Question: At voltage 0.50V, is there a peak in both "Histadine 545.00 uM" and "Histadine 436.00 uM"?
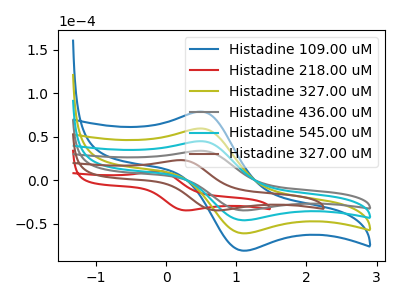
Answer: <think>The blue curve "Histadine 109.00 uM" has an anodic peak at (0.50V, 134.60uA) and a cathodic peak at (1.10V, -138.40uA). The red curve "Histadine 218.00 uM" has an anodic peak at (-0.10V, 10.65uA) and a cathodic peak at (0.25V, -34.80uA). The olive curve "Histadine 327.00 uM" has an anodic peak at (0.50V, 89.75uA) and a cathodic peak at (1.10V, -92.25uA). The gray curve "Histadine 436.00 uM" has an anodic peak at (0.50V, 33.85uA) and a cathodic peak at (1.10V, -34.80uA). The cyan curve "Histadine 545.00 uM" has an anodic peak at (0.50V, 44.85uA) and a cathodic peak at (1.10V, -46.15uA). The brown curve "Histadine 327.00 uM" has an anodic peak at (0.20V, 23.10uA) and a cathodic peak at (0.70V, -34.80uA).</think>
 <answer>Yes, "Histadine 545.00 uM" and "Histadine 436.00 uM" share a peak at 0.50V.</answer>
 <eval>match</eval>